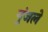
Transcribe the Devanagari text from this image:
गुंजले